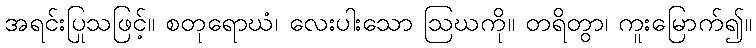
အရင်းပြုသဖြင့်။ စတုရောဃံ၊ လေးပါးသော ဩဃကို။ တရိတွာ၊ ကူးမြောက်၍။